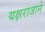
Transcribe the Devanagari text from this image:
यक्षराजाने